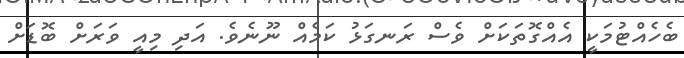
ބެހެއްޓުމަކީ އެއްގޮތަކަށް ވެސް ރަނގަޅު ކަމެއް ނޫނެވެ. އަދި މިއީ ވަރަށް ބޮޑަށް